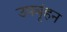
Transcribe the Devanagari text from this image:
उपबृंहन